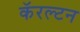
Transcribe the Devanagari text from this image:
कॅरल्टन